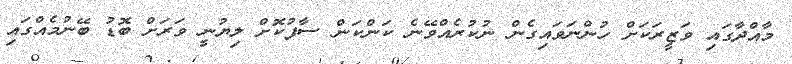
މާއްދާގައި ވަޒީރަކަށް ހުންނަވައިގެން ނުކުރެއްވޭނެ ކަންކަން ސާފުކޮށް ލިޔުނީ ވަރަށް ބޮޑު ބޭނުމެއްގައި